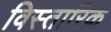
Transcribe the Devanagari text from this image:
विस्तारिक